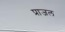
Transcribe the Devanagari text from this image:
प्राजल